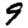
Digit: 9